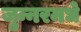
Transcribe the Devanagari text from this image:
जुन्नरमधे